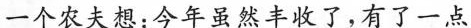
一个农夫想：今年虽然丰收了，有了一点